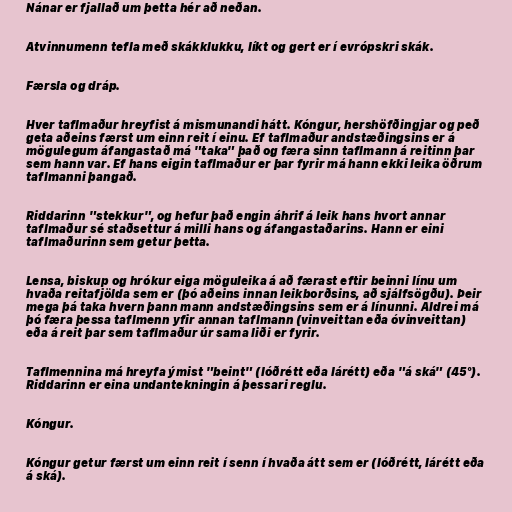
Nánar er fjallað um þetta hér að neðan.

Atvinnumenn tefla með skákklukku, líkt og gert er í evrópskri skák.

Færsla og dráp.

Hver taflmaður hreyfist á mismunandi hátt. Kóngur, hershöfðingjar og peð
geta aðeins færst um einn reit í einu. Ef taflmaður andstæðingsins er á
mögulegum áfangastað má "taka" það og færa sinn taflmann á reitinn þar
sem hann var. Ef hans eigin taflmaður er þar fyrir má hann ekki leika öðrum
taflmanni þangað.

Riddarinn "stekkur", og hefur það engin áhrif á leik hans hvort annar
taflmaður sé staðsettur á milli hans og áfangastaðarins. Hann er eini
taflmaðurinn sem getur þetta.

Lensa, biskup og hrókur eiga möguleika á að færast eftir beinni línu um
hvaða reitafjölda sem er (þó aðeins innan leikborðsins, að sjálfsögðu). Þeir
mega þá taka hvern þann mann andstæðingsins sem er á línunni. Aldrei má
þó færa þessa taflmenn yfir annan taflmann (vinveittan eða óvinveittan)
eða á reit þar sem taflmaður úr sama liði er fyrir.

Taflmennina má hreyfa ýmist "beint" (lóðrétt eða lárétt) eða "á ská" (45°).
Riddarinn er eina undantekningin á þessari reglu.

Kóngur.

Kóngur getur færst um einn reit í senn í hvaða átt sem er (lóðrétt, lárétt eða
á ská).